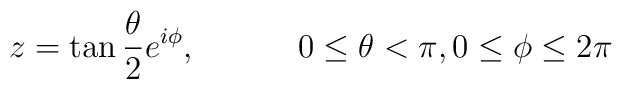
z= \tan\frac{\theta}{2}e^{i\phi}, \hspace{ .5 in}  0 \leq \theta <\pi ,0 \leq \phi \leq 2\pi